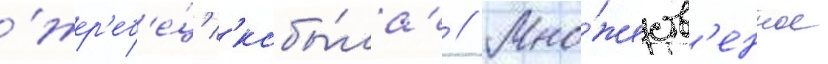
'жер'еб'е́ц' 'кобы́ла' // Мно́жеств'енное